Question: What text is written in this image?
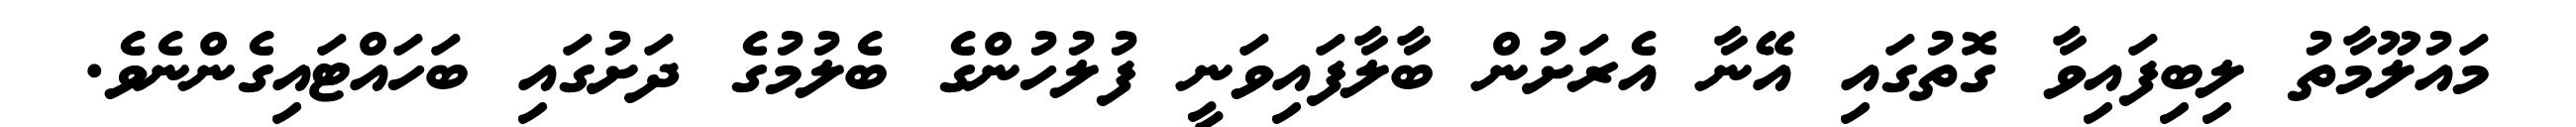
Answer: މައުލޫމާތު ލިބިފައިވާ ގޮތުގައި އޭނާ އެރަށުން ބާލާފައިވަނީ ފުލުހުންގެ ބެލުމުގެ ދަށުގައި ބަހައްޓައިގެންނެވެ.